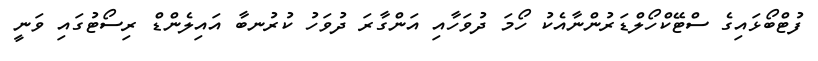
ފުޓްބޯޅައިގެ ސްޓޭކްހޯލްޑަރުންނާއެކު ހޯމަަ ދުވަހާއި އަންގާރަ ދުވަހު ކުރުނބާ އައިލެންޑް ރިސޯޓުގައި ވަނީ